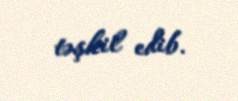
təşkil edib.